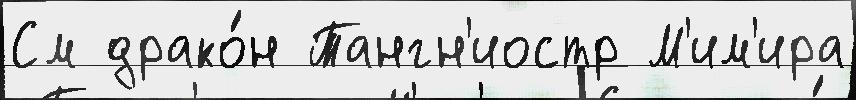
См драко́н Тангн'иостр М'им'ира